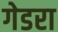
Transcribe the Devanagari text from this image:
गेडरा